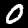
Digit: 0